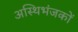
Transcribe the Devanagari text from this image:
अस्थिभंजकों